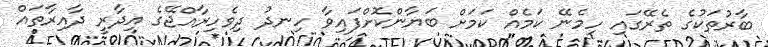
ބާރުތަކުގެ ތެރޭގައި ހިމެނޭ ކަމެއް ކަމަށް ބަޔާންކޮށްފައިވާ ހިނދު ދިވެހިރާއްޖޭގެ އިދާރީ ދާއިރާތައް